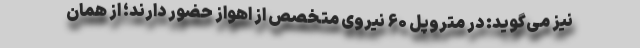
نیز می‌گوید: در متروپل ۶۰ نیروی متخصص از اهواز حضور دارند؛ از همان